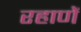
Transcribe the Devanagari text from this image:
रहाणें